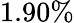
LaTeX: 1.90\%